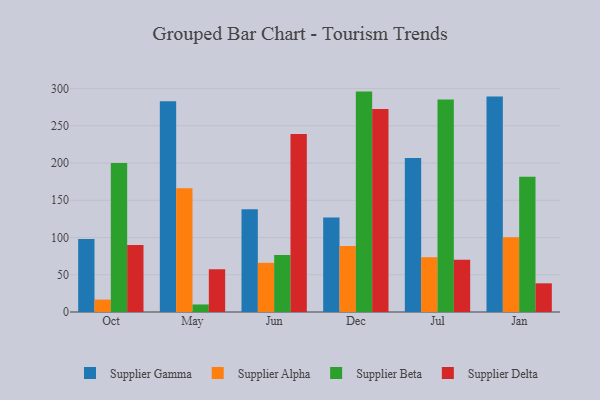
{"axis": {"x": "Month", "y": "Backlog"}, "legend": ["Supplier Alpha", "Supplier Beta", "Supplier Delta", "Supplier Gamma"], "data": [{"x": "Oct", "y": 98.1, "type": "Supplier Gamma"}, {"x": "Oct", "y": 16.7, "type": "Supplier Alpha"}, {"x": "Oct", "y": 200.0, "type": "Supplier Beta"}, {"x": "Oct", "y": 90.0, "type": "Supplier Delta"}, {"x": "May", "y": 283.1, "type": "Supplier Gamma"}, {"x": "May", "y": 166.1, "type": "Supplier Alpha"}, {"x": "May", "y": 10.1, "type": "Supplier Beta"}, {"x": "May", "y": 57.4, "type": "Supplier Delta"}, {"x": "Jun", "y": 137.8, "type": "Supplier Gamma"}, {"x": "Jun", "y": 66.0, "type": "Supplier Alpha"}, {"x": "Jun", "y": 76.6, "type": "Supplier Beta"}, {"x": "Jun", "y": 238.9, "type": "Supplier Delta"}, {"x": "Dec", "y": 126.9, "type": "Supplier Gamma"}, {"x": "Dec", "y": 88.5, "type": "Supplier Alpha"}, {"x": "Dec", "y": 295.9, "type": "Supplier Beta"}, {"x": "Dec", "y": 272.7, "type": "Supplier Delta"}, {"x": "Jul", "y": 206.8, "type": "Supplier Gamma"}, {"x": "Jul", "y": 73.6, "type": "Supplier Alpha"}, {"x": "Jul", "y": 285.4, "type": "Supplier Beta"}, {"x": "Jul", "y": 70.0, "type": "Supplier Delta"}, {"x": "Jan", "y": 289.4, "type": "Supplier Gamma"}, {"x": "Jan", "y": 100.3, "type": "Supplier Alpha"}, {"x": "Jan", "y": 181.7, "type": "Supplier Beta"}, {"x": "Jan", "y": 38.5, "type": "Supplier Delta"}]}